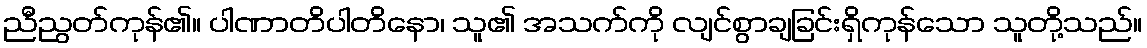
ညီညွတ်ကုန်၏။ ပါဏာတိပါတိနော၊ သူ၏ အသက်ကို လျင်စွာချခြင်းရှိကုန်သော သူတို့သည်။